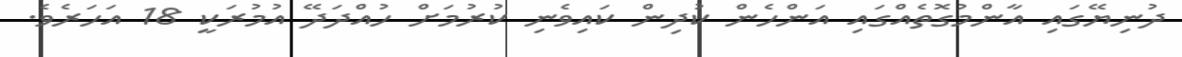
ދުނިޔޭގައި އާންމުގޮތެއްގައި އަންހެން ކުދިން ކައިވެނި ކުރުމަށް ހުއްދަދޭ އުމުރަކީ 18 އަހަރެވެ.